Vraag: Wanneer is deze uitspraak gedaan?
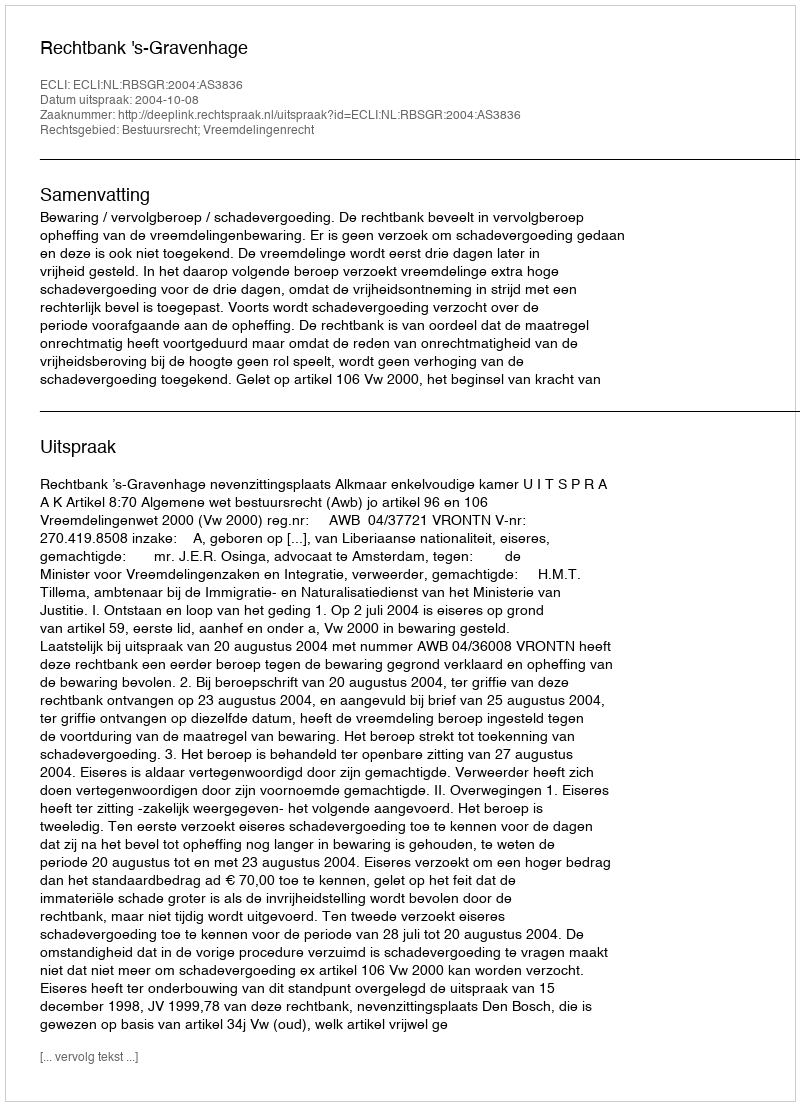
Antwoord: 2004-10-08